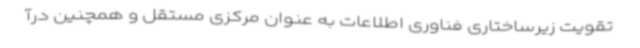
تقویت زیرساختاری فناوری اطلاعات به عنوان مرکزی مستقل و همچنین درآ